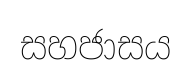
සහජාසය